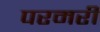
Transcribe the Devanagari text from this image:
परमरी